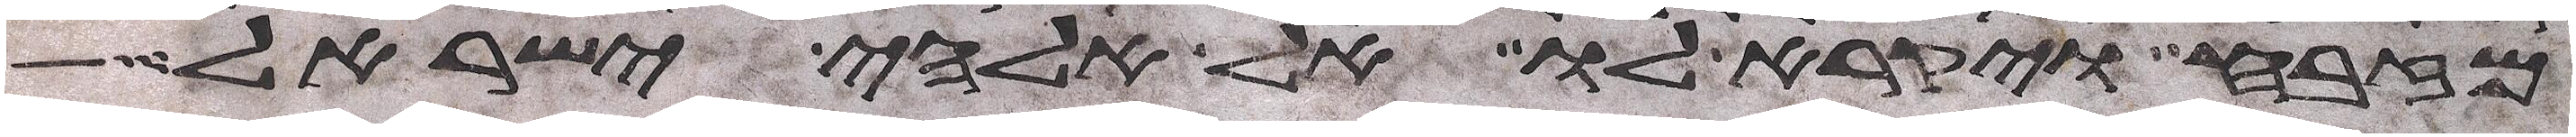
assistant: מזבח ויקרא לו אל אלהי ישראל